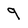
Character: 9